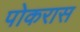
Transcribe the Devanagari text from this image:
पोकरास